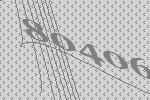
80406